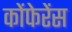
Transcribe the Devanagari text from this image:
कोंफेरेंस